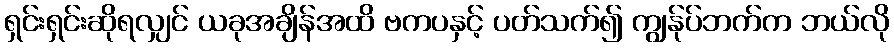
ရှင်းရှင်းဆိုရလျှင် ယခုအချိန်အထိ ဗကပနှင့် ပတ်သက်၍ ကျွန်ုပ်ဘက်က ဘယ်လို